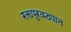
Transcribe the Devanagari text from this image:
रक्तपुरवठ्यात